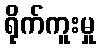
ရိုက်ကူးမှု